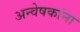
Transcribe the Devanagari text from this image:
अन्वेषकांना